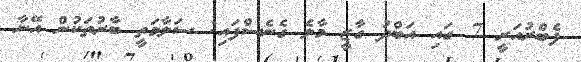
ފެބްރުއަރީ 7 ގައި އަބްދު ގާޒީ މާލެ ގެނެސްފައި: ސަލާމަތީ ބާރުތަކުން އޭނާ